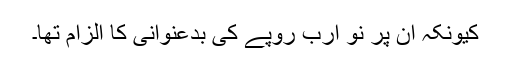
کیونکہ ان پر نو ارب روپے کی بدعنوانی کا الزام تھا۔